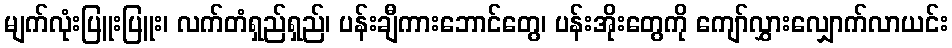
မျက်လုံးပြူးပြူး၊ လက်တံရှည်ရှည်၊ ပန်းချီကားဘောင်တွေ၊ ပန်းအိုးတွေကို ကျော်လွှားလျှောက်လာယင်း